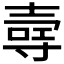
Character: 𪤳